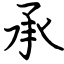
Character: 承